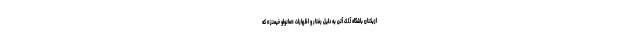
ازیکنان باشگاه آ.ا.ک آتن به دلیل رفتار و اظهارات «مانولو خیمنز» که